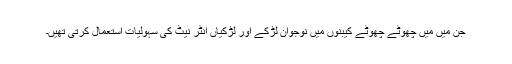
جن میں میں چھوٹے چھوٹے کیبنوں میں نوجوان لڑکے اور لڑکیاں انٹر نیٹ کی سہولیات استعمال کرتی تھیں۔